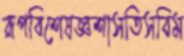
রূপবিশেষজ্ঞশাসতিসবিম